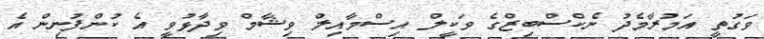
ވަގުތީ އަމުރާމެދު ނެކްސްބިޒްގެ ވަކީލް އިސްމާއިލް ވިޝާމް ވިދާޅުވީ އެ ކުންފުނިން އެ